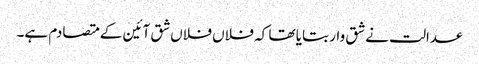
عدالت نے شق وار بتایا تھا کہ فلاں فلاں شق آئین کے متصادم ہے۔